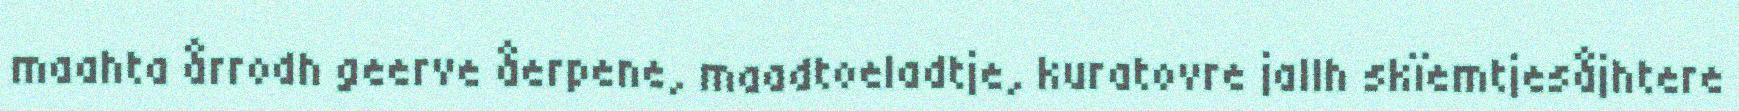
maahta årrodh geerve åerpene, maadtoeladtje, kuratovre jallh skïemtjesåjhtere